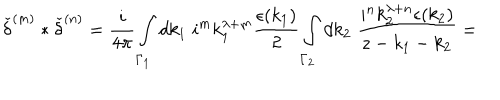
LaTeX: { \check { \delta } } ^ { ( m ) } \ast { \check { \delta } } ^ { ( n ) } = \frac { i } { 4 \pi } \int _ { { \Gamma } _ { 1 } } d k _ { 1 } \; i ^ { m } k _ { 1 } ^ { \lambda + m } \frac { \epsilon ( k _ { 1 } ) } { 2 } \int _ { { \Gamma } _ { 2 } } d k _ { 2 } \; \frac { i ^ { n } k _ { 2 } ^ { \lambda + n } \epsilon ( k _ { 2 } ) } { z - k _ { 1 } - k _ { 2 } } =